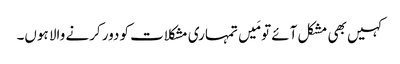
کہیں بھی مشکل آئے تو مَیں تمہاری مشکلات کو دور کرنے والا ہوں۔